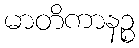
မာတိကာနဉ္စ